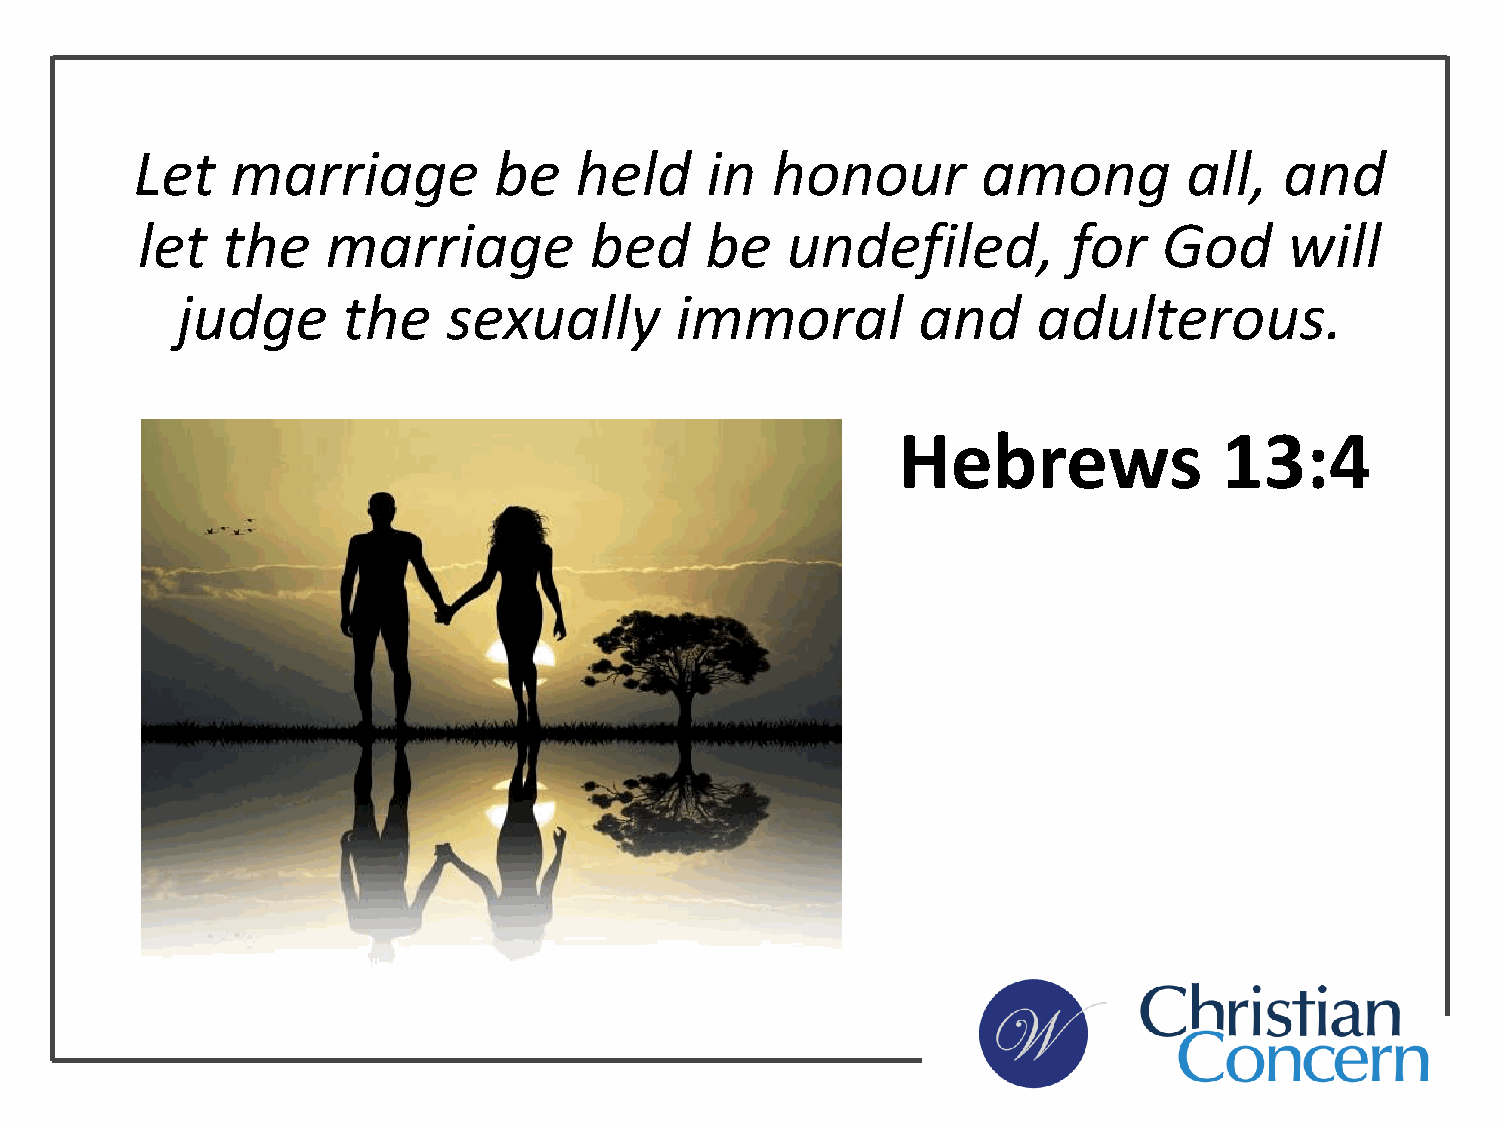
Let   marriage          be   held     in  honour        among         all,  and
 let   the    marriage         bed     be   undefiled,         for   God     will
 judge      the    sexually       immoral         and     adulterous.
 Hebrews               13:4